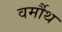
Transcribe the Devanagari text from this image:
वर्मौथ